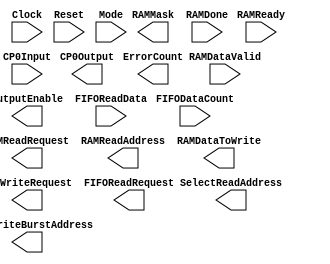
`timescale 1ns / 1ps
// This is a black box.  DO NOT CHANGE THIS FILE!
module Checkpoint0bb(   Clock,
                        Reset,

                        RAMReadRequest,
                        RAMWriteRequest,
                        RAMMask,
                        RAMReadAddress,
                        RAMDataToWrite,

                        RAMReady,
                        RAMDataValid,
                        RAMDone,

                        OutputEnable,
                        CountWriteBurstAddress,
                        SelectReadAddress,

                        FIFOReadRequest,

                        FIFODataCount,
                        FIFOReadData,

                        Mode,
                        ErrorCount,
                        CP0Input,
                        CP0Output
                        ); /* synthesis syn_black_box */

    input               Clock;
    input               Reset;

    output              RAMReadRequest;
    output              RAMWriteRequest;
    output              RAMMask;
    output reg  [23:0]  RAMReadAddress;
    output reg  [31:0]  RAMDataToWrite;

    input               RAMReady;
    input               RAMDataValid;
    input               RAMDone;

    output              OutputEnable;
    output              CountWriteBurstAddress;
    output              SelectReadAddress;

    output              FIFOReadRequest;

    input       [1:0]   FIFODataCount;
    input       [31:0]  FIFOReadData;

    input       [1:0]   Mode;

    output      [31:0]  ErrorCount;
    input               CP0Input;
    output      [31:0]  CP0Output;

    // This is a black box.  DO NOT CHANGE THIS FILE!

endmodule